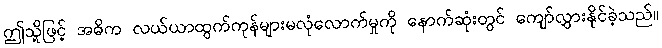
ဤသို့ဖြင့် အဓိက လယ်ယာထွက်ကုန်များမလုံလောက်မှုကို နောက်ဆုံးတွင် ကျော်လွှားနိုင်ခဲ့သည်။